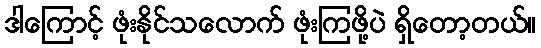
ဒါကြောင့် ဖုံးနိုင်သလောက် ဖုံးကြဖို့ပဲ ရှိတော့တယ်။